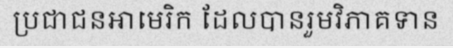
ប្រជាជនអាមេរិក ដែលបានរួមវិភាគទាន